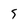
Character: 5